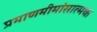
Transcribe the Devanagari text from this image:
प्रमाणमीमांसात्मक